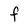
Character: f